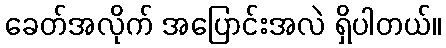
ခေတ်အလိုက် အပြောင်းအလဲ ရှိပါတယ်။